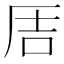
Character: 𪠅